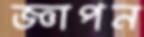
জ্ঞাপন